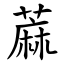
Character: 蔴